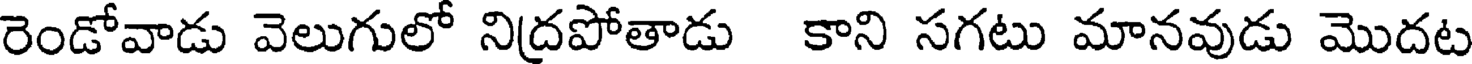
రెండోవాడు వెలుగులో నిద్రపోతాడు కాని సగటు మానవుడు మొదట